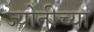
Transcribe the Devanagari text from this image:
ज्योतीच्या